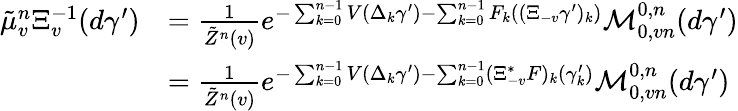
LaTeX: \begin{array}{rl}{\tilde{\mu}_{v}^{n}\Xi_{v}^{-1}(d\gamma^{\prime})}&{=\frac{1}{\tilde{Z}^{n}(v)}e^{-\sum_{k=0}^{n-1}V(\Delta_{k}\gamma^{\prime})-\sum_{k=0}^{n-1}F_{k}((\Xi_{-v}\gamma^{\prime})_{k})}\mathcal{M}_{0,vn}^{0,n}(d\gamma^{\prime})}\\ &{=\frac{1}{\tilde{Z}^{n}(v)}e^{-\sum_{k=0}^{n-1}V(\Delta_{k}\gamma^{\prime})-\sum_{k=0}^{n-1}(\Xi_{-v}^{*}F)_{k}(\gamma_{k}^{\prime})}\mathcal{M}_{0,vn}^{0,n}(d\gamma^{\prime})}\end{array}